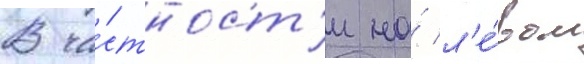
В ча́стност'и на́ л'е́вом